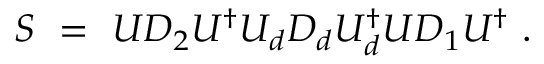
S \ = \ U D _ { 2 } U ^ { \dagger } U _ { d } D _ { d } U _ { d } ^ { \dagger } U D _ { 1 } U ^ { \dagger } \ .